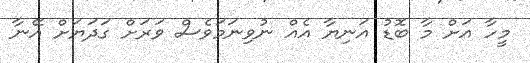
މީހާ އަށް މާ ބޮޑު އަނިޔާ އެއް ނުވިނަމަވެސް ވަރަށް ގަދަޔަށް އޭނާ